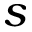
s